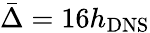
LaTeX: \bar{\Delta}=16{h_{\mathrm{{DNS}}}}